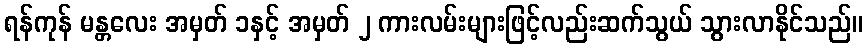
ရန်ကုန် မန္တလေး အမှတ် ၁နှင့် အမှတ် ၂ ကားလမ်းများဖြင့်လည်းဆက်သွယ် သွားလာနိုင်သည်။